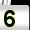
Digit: 5